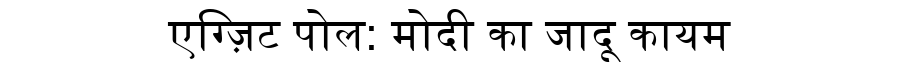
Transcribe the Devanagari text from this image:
एग्ज़िट पोल: मोदी का जादू कायम